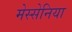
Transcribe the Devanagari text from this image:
मेस्सेनिया